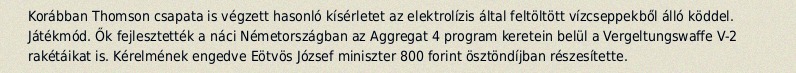
Korábban Thomson csapata is végzett hasonló kísérletet az elektrolízis által feltöltött vízcseppekből álló köddel. Játékmód. Ők fejlesztették a náci Németországban az Aggregat 4 program keretein belül a Vergeltungswaffe V-2 rakétáikat is. Kérelmének engedve Eötvös József miniszter 800 forint ösztöndíjban részesítette.